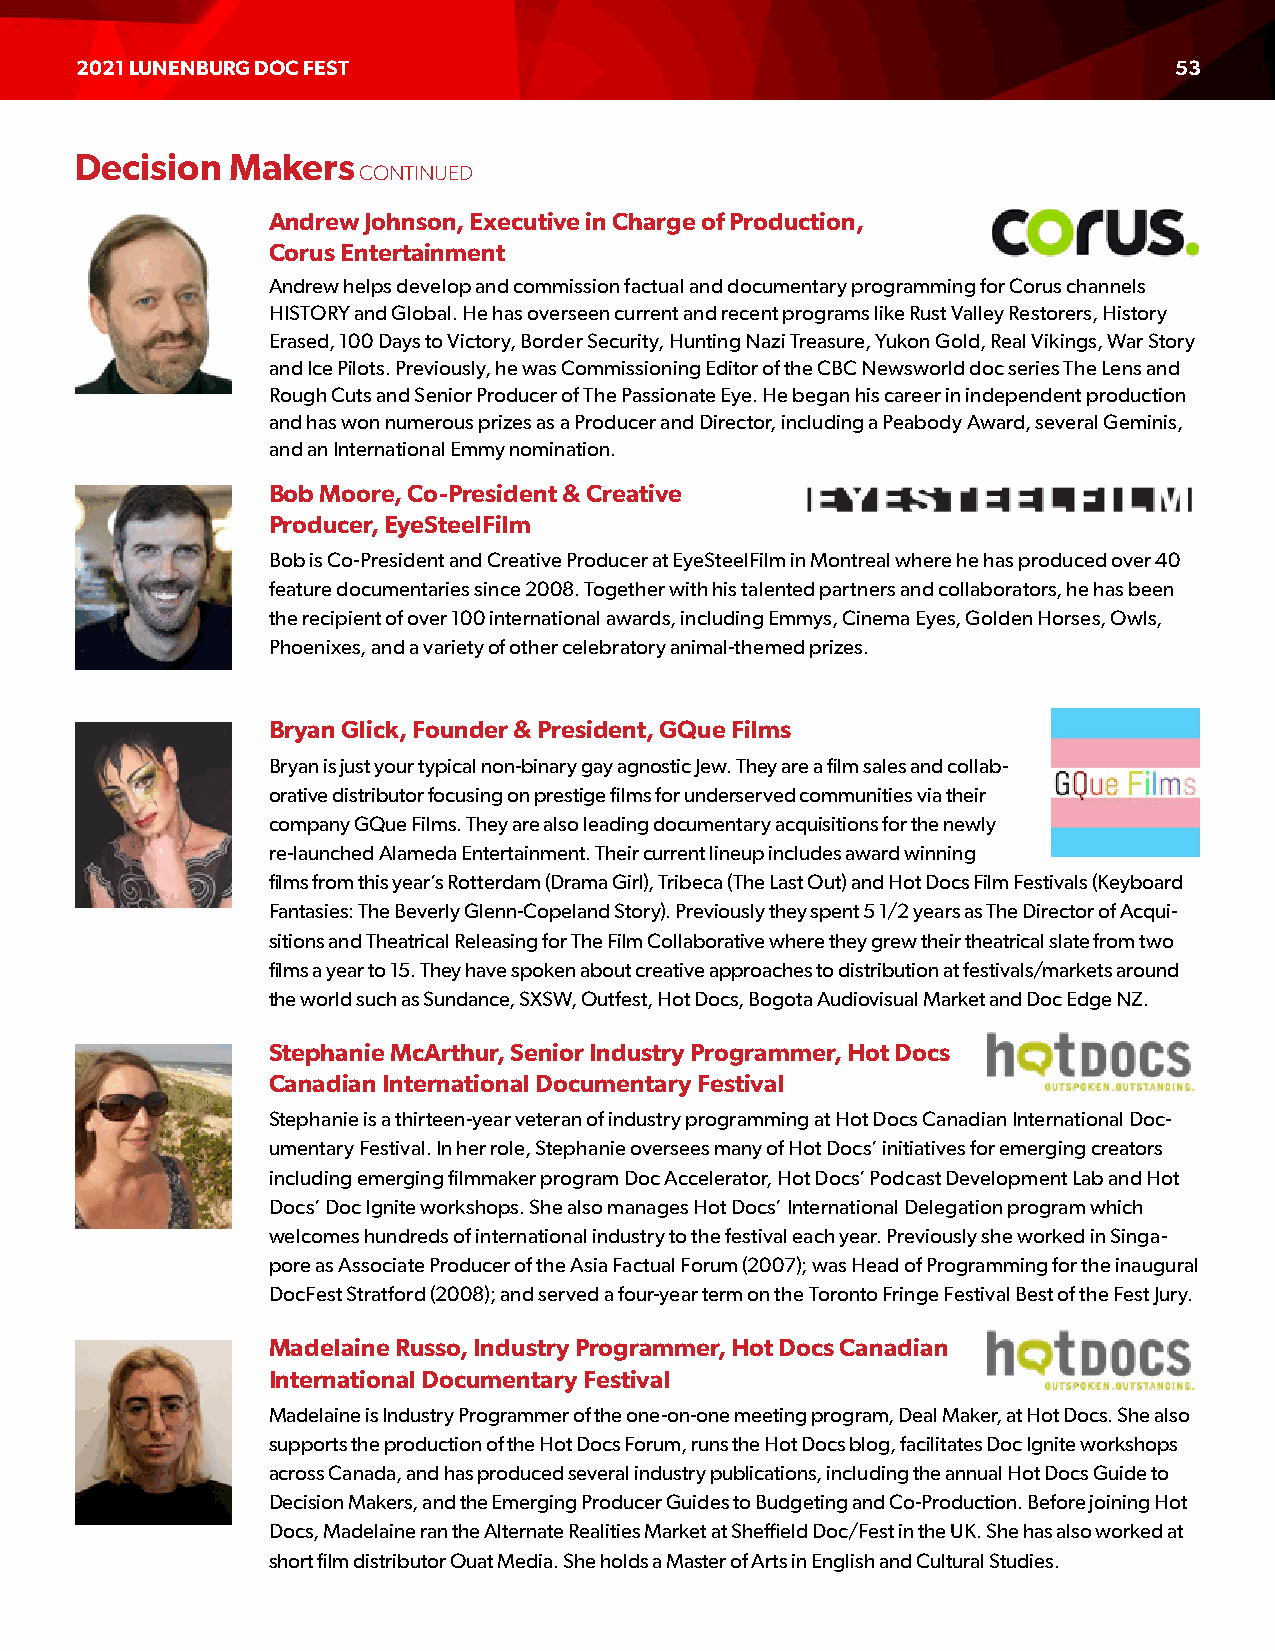
2021 LUNENBURG DOC FEST                                                  53
 Decision  Makers
 CONTINUED
 Andrew Johnson, Executive in Charge of Production,
 Corus Entertainment
 Andrew helps develop and commission factual and documentary programming for Corus channels
 HISTORY and Global. He has overseen current and recent programs like Rust Valley Restorers, History
 Erased, 100 Days to Victory, Border Security, Hunting Nazi Treasure, Yukon Gold, Real Vikings, War Story
 and Ice Pilots. Previously, he was Commissioning Editor of the CBC Newsworld doc series The Lens and
 Rough Cuts and Senior Producer of The Passionate Eye. He began his career in independent production
 and has won numerous prizes as a Producer and Director, including a Peabody Award, several Geminis,
 and an International Emmy nomination.
 Bob Moore, Co-President & Creative
 Producer, EyeSteelFilm
 Bob is Co-President and Creative Producer at EyeSteelFilm in Montreal where he has produced over 40
 feature documentaries since 2008. Together with his talented partners and collaborators, he has been
 the recipient of over 100 international awards, including Emmys, Cinema Eyes, Golden Horses, Owls,
 Phoenixes, and a variety of other celebratory animal-themed prizes.
 Bryan Glick, Founder & President, GQue Films
 Bryan is just your typical non-binary gay agnostic Jew. They are a film sales and collab-
 orative distributor focusing on prestige films for underserved communities via their
 company GQue Films. They are also leading documentary acquisitions for the newly
 re-launched Alameda Entertainment. Their current lineup includes award winning
 films from this year’s Rotterdam (Drama Girl), Tribeca (The Last Out) and Hot Docs Film Festivals (Keyboard
 Fantasies: The Beverly Glenn-Copeland Story). Previously they spent 5 1/2 years as The Director of Acqui-
 sitions and Theatrical Releasing for The Film Collaborative where they grew their theatrical slate from two
 films a year to 15. They have spoken about creative approaches to distribution at festivals/markets around
 the world such as Sundance, SXSW, Outfest, Hot Docs, Bogota Audiovisual Market and Doc Edge NZ.
 Stephanie McArthur, Senior Industry Programmer, Hot Docs
 Canadian International Documentary Festival
 Stephanie is a thirteen-year veteran of industry programming at Hot Docs Canadian International Doc-
 umentary Festival. In her role, Stephanie oversees many of Hot Docs’ initiatives for emerging creators
 including emerging filmmaker program Doc Accelerator, Hot Docs’ Podcast Development Lab and Hot
 Docs’ Doc Ignite workshops. She also manages Hot Docs’ International Delegation program which
 welcomes hundreds of international industry to the festival each year. Previously she worked in Singa-
 pore as Associate Producer of the Asia Factual Forum (2007); was Head of Programming for the inaugural
 DocFest Stratford (2008); and served a four-year term on the Toronto Fringe Festival Best of the Fest Jury.
 Madelaine Russo, Industry Programmer, Hot Docs Canadian
 International Documentary Festival
 Madelaine is Industry Programmer of the one-on-one meeting program, Deal Maker, at Hot Docs. She also
 supports the production of the Hot Docs Forum, runs the Hot Docs blog, facilitates Doc Ignite workshops
 across Canada, and has produced several industry publications, including the annual Hot Docs Guide to
 Decision Makers, and the Emerging Producer Guides to Budgeting and Co-Production. Before joining Hot
 Docs, Madelaine ran the Alternate Realities Market at Sheffield Doc/Fest in the UK. She has also worked at
 short film distributor Ouat Media. She holds a Master of Arts in English and Cultural Studies.